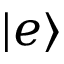
| e \rangle